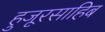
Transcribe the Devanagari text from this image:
हुजूरसाहिब